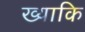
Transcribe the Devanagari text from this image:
ख्याकि